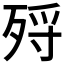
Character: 𣨅